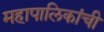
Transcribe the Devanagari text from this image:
महापालिकांची